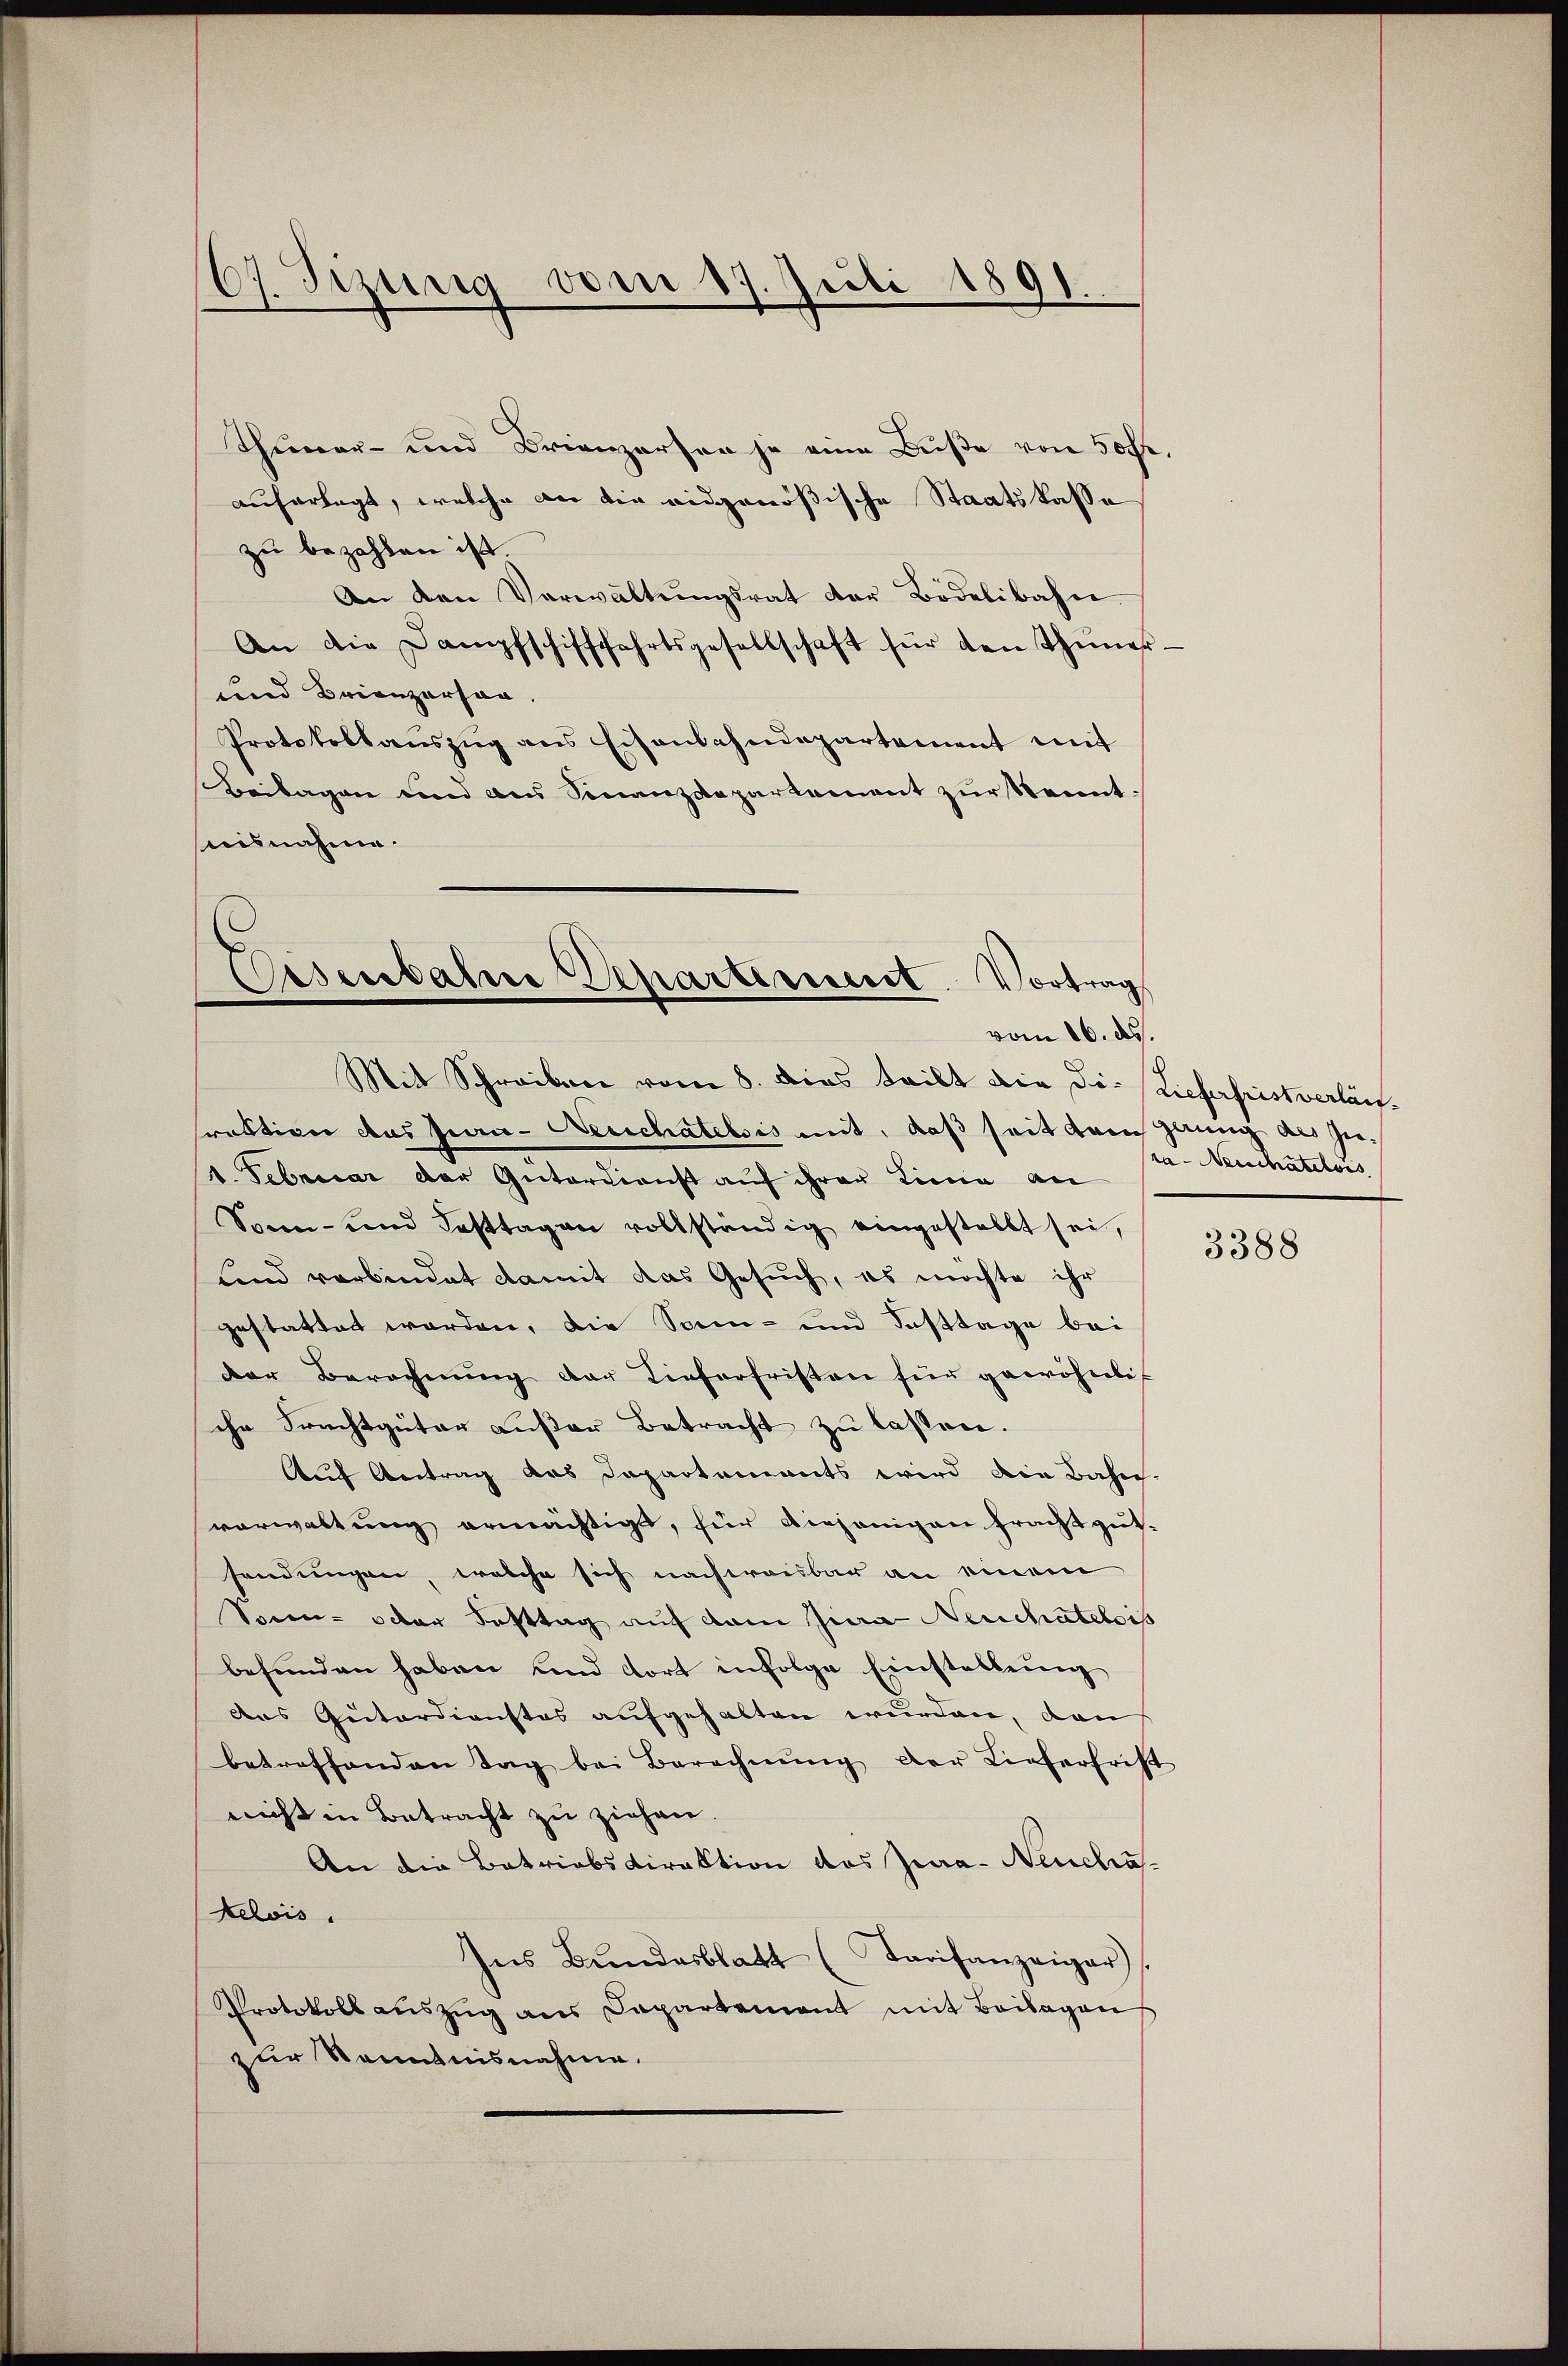
zu bezahlen ist.
An den Verwaltŭngsrat der Bödelibahn
An die Dampfschifffahrtsgesellschaft für den Thuner-
und Brienzerson,
Protokollauszug aus Eisenbahndepartement mit
Beilagen und an Finanzdepartement zŭr Kennt:
sieisnahme.

67. Jezung vom
Juli 1891.

Eisenbahne Departement
ortung
vom 16. ds.
Mit Schreiben vom 8. dies teilt die die Lieferfrist verläuf¬

rektion das Jura-Kerchatelois mit, daß seit dem gang als zu¬
1. Februar der Güterdienst auf ihrer Linie an
Sonn- und Fasttagen vollständig eingestellt sei,
und verbindet damit das Gesuch, es möchte ihr
gestattet worden, die Sonn- und Fasttage bei
der Berechnŭng der Tieferfristen für gewöhnli
che Frachtgüter außer Betracht zu lassen.
Auf Antrag das Departements wird die Bahn-
vorwaltung ermächtigt, für diejenigen fracht gutsendungen, welche sich nachweisbar an einem
Sonn- oder Fasttag auf dem Jura Neuchatelois
befunden haben und dort infolge Einstellung
des Guterdienstes aufgehalten wurden, dann
betreffenden Tag bei Berechnŭng der Lieferfrist
nicht in Betracht zu ziehen.
An die Betriebsdirektion des Jura- Neucha-
Kelois.
Ins Bŭndesblatt (Tarifanzeiger)
Protokoll aŭszŭg ans Capartement mit Beilagen
zur Kenntnisnahme.

Thuner- und Brienzarsen je eine Buße von 50fr.
auferlegt, welche an die eidgenößische Staatskasse

ra-Neuschatelois

3388